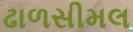
ઢાળસીમલ